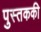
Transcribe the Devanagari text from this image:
पुस्तककी